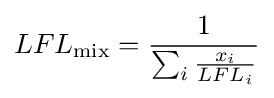
LFL_{\text{mix}}={\frac {1}{\sum _{i}{\frac {x_{i}}{LFL_{i}}}}}